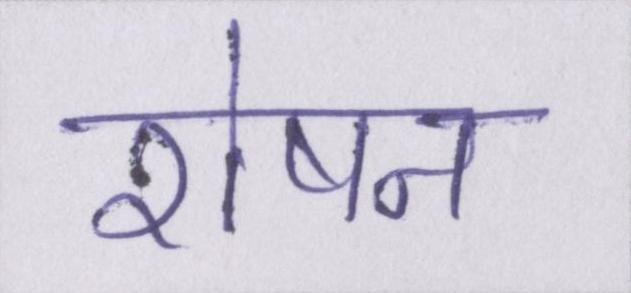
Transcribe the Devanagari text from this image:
रोषन